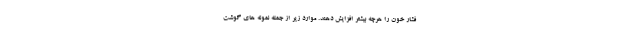
فشار خون را هرچه بیشتر افزایش دهند. موارد زیر از جمله نمونه های گوشت